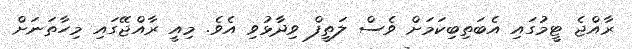
ރާއްޖެ ޓީމުގައި އެބަތިބިކަމަށް ވެސް ލަތީފް ވިދާޅުވި އެވެ. މިއީ ރާއްޖޭގައި މިހާތަނަށް